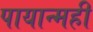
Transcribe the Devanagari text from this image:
पायान्मही